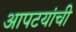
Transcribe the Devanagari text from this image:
आपटयांची